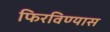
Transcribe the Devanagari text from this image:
फिरविण्यास